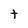
Character: t